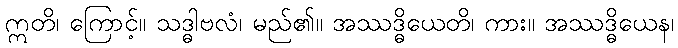
ဣတိ၊ ကြောင့်။ သဒ္ဓါဗလံ၊ မည်၏။ အဿဒ္ဓိယေတိ၊ ကား။ အဿဒ္ဓိယေန၊